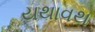
યથાવથ